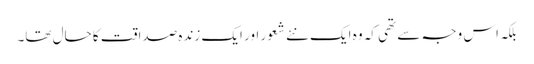
بلکہ اس وجہ سے تھی کہ وہ ایک نئے شعور اور ایک زندہ صداقت کا حال تھا۔